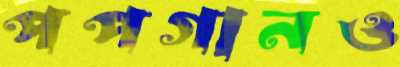
পপগানও